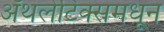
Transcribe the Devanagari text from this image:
ॲथलेटिक्समधून